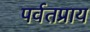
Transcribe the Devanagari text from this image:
पर्वतप्राय